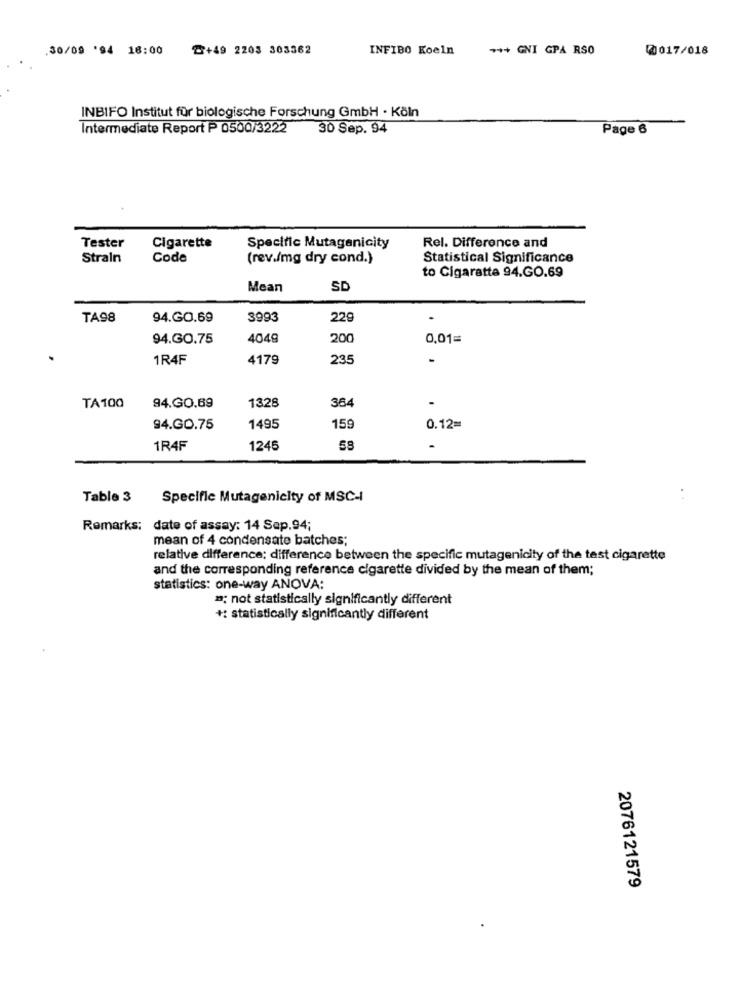
30/09 '94 18:00
@+49 2203 303362
INFIBO Koeln
*** GNI GPA RSO
0017/018
INBIFO Institut für biologische Forschung GmbH · Köln
Intermediate Report P 0500/3222
30 Sep. 94
Page 6
Tester
Cigarette
Specific Mutagenicity
Rel. Difference and
Strain
Code
(rev./mg dry cond.)
Statistical Significance
to Cigaratta 94.GO.69
Mean
SD
TA98
94.GO.69
3993
229
94.GO.75
4049
200
0,01=
1R4F
4179
235
TA100
1328
364
94.GO.69
94.GO.75
1495
159
0.12=
1R4F
1245
58
Table 3
Specific Mutagenicity of MSC-I
..
Remarks: date of assay: 14 Sap.94;
mean of 4 condensate batches;
relative difference; difference between the specific mutagenicity of the test cigarette
and the corresponding reference cigarette divided by the mean of them;
statistics: one-way ANOVA:
"; not statistically significantly different
+: statistically significantly different
2076121579